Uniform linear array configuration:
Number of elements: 32
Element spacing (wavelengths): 1
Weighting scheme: kaiser
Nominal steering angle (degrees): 60
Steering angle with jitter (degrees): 60.447
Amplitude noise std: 0.05
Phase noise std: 0.05

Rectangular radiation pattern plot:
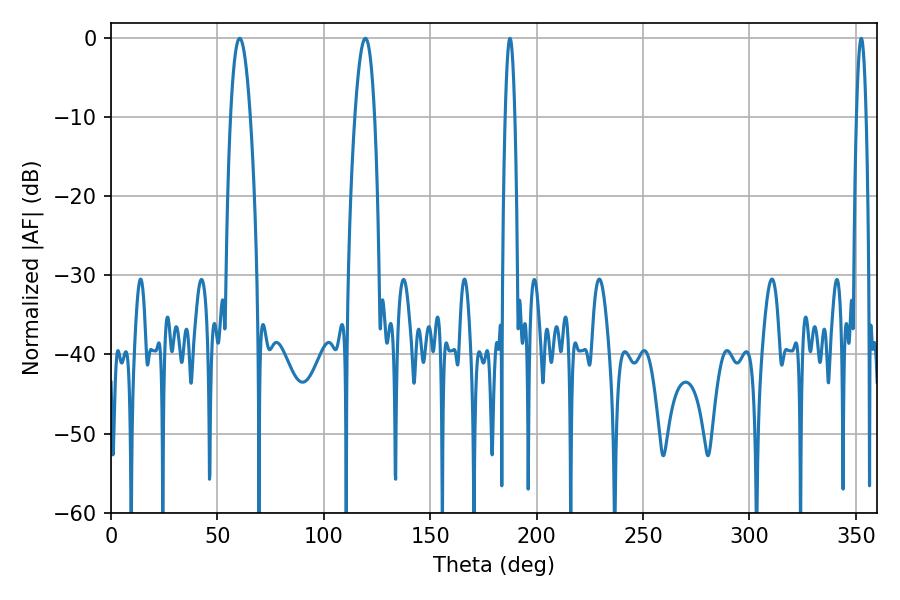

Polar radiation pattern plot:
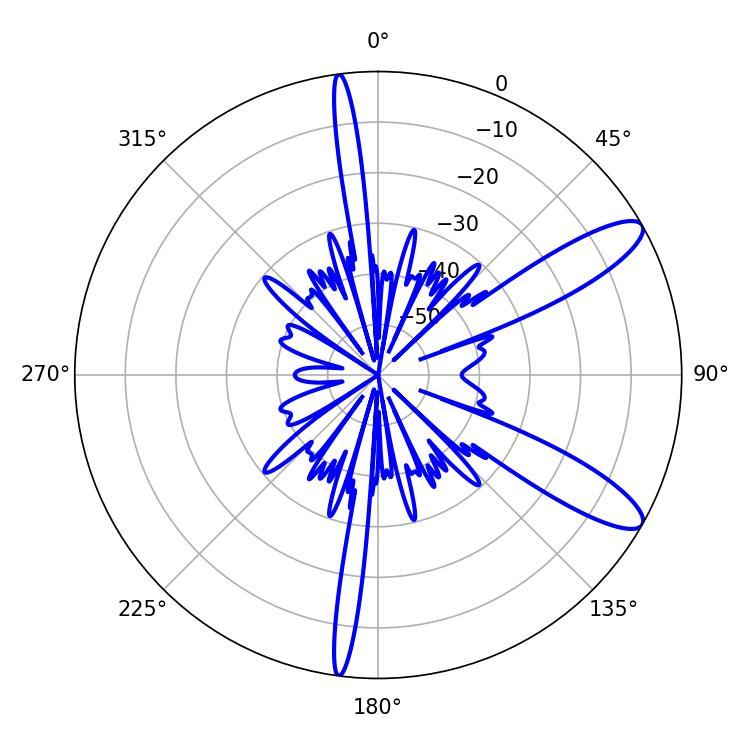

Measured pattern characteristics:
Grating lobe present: TRUE
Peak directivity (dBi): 11.093
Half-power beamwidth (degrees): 5.22
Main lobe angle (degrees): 60.48